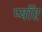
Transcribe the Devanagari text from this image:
प्यॉर